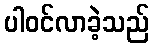
ပါဝင်လာခဲ့သည်